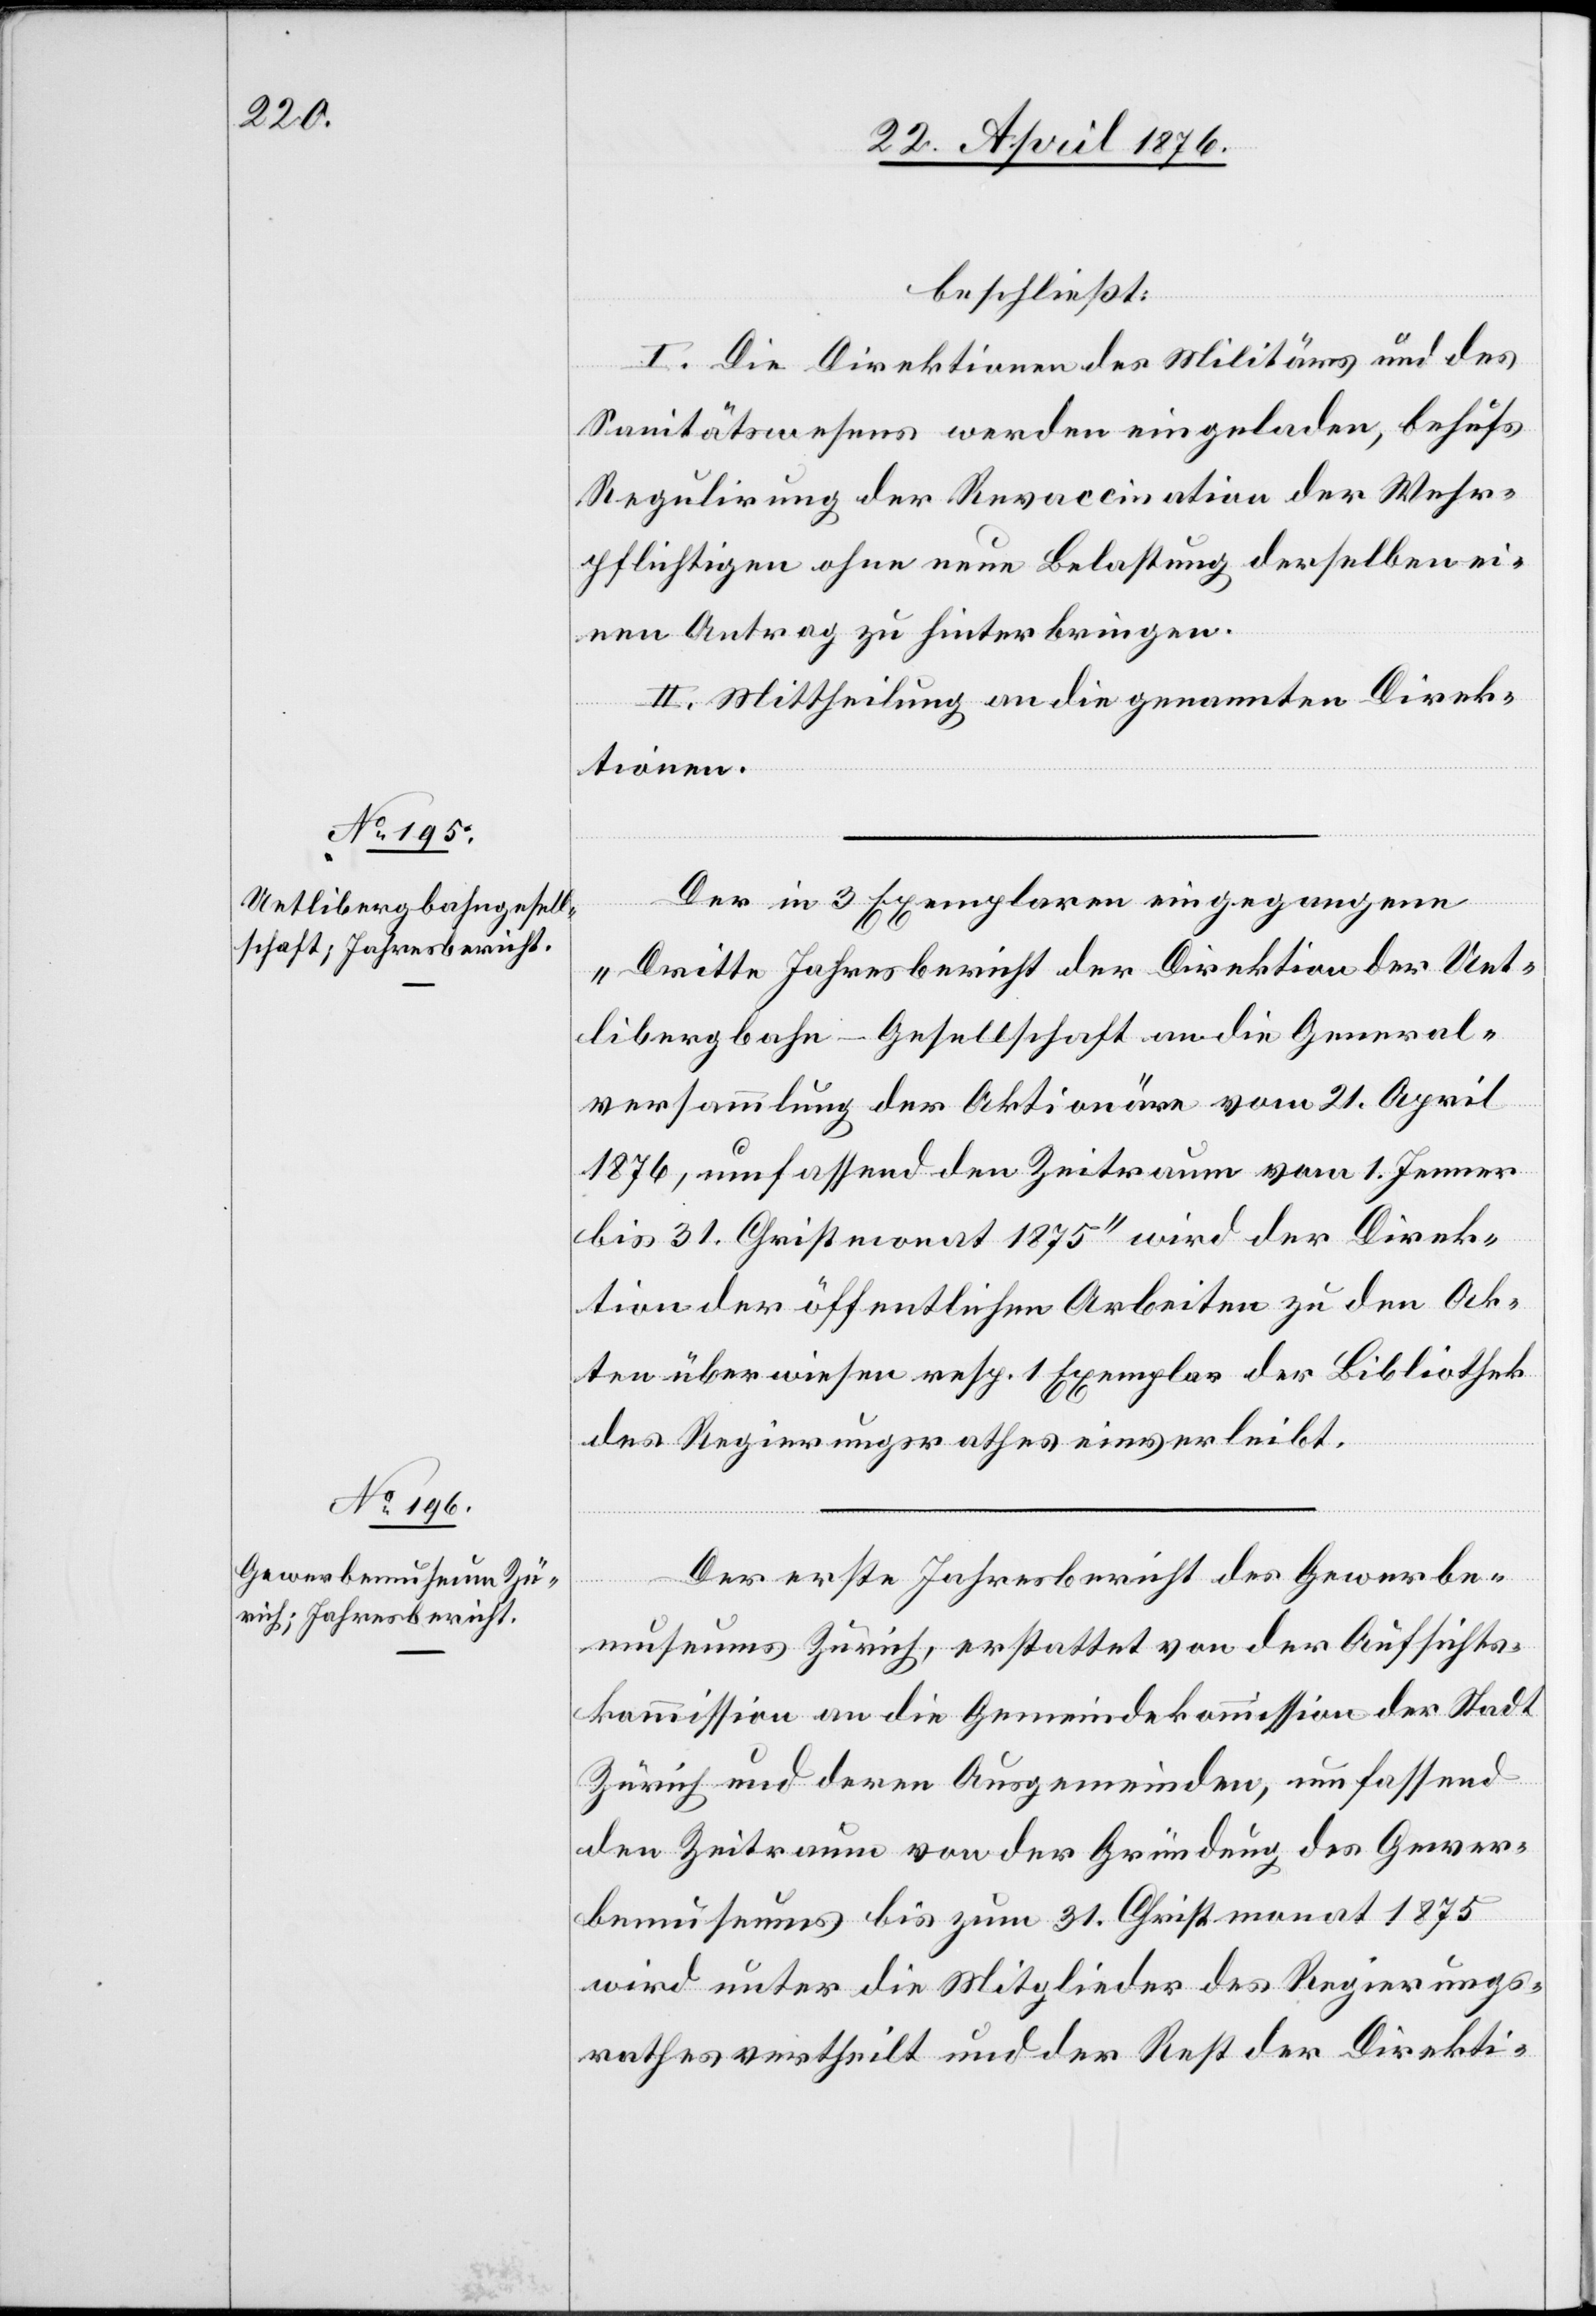
beschließt:
I. Die Direktionen des Militärs und des
Sanitätswesens werden eingeladen, behufs
Regulirung der Revaccination der Wehr¬
pflichtigen ohne neue Belastung derselben ei¬
nen Antrag zu hinterbringen.
II. Mittheilung an die genannten Direk¬
tionen.
Der in 3 Exemplaren eingegangene
„Dritte Jahresbericht der Direktion der Uet¬
libergbahn-Gesellschaft an die General¬
versammlung der Aktionäre vom 21. April
1876, umfassend den Zeitraum vom 1. Jenner
bis 31. Christmonat 1875“ wird der Direk¬
tion der öffentlichen Arbeiten zu den Ak¬
ten überwiesen resp. 1 Exemplar der Bibliothek
des Regierungsrathes einverleibt.
Der erste Jahresbericht des Gewerbe¬
museums Zürich, erstattet von der Aufsichts¬
kommission an die Gemeindekommission der Stadt
Zürich und deren Ausgemeinden, umfassend
den Zeitraum von der Gründung des Gewer¬
bemuseums bis zum 31. Christmonat 1875
wird unter die Mitglieder des Regierungs¬
rathes vertheilt und der Rest der Direkti-